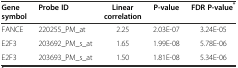
<table><thead><tr><td><b>Gene symbol</b></td><td><b>Probe ID</b></td><td><b>Linear correlation</b></td><td><b>P-value</b></td><td><b>FDR P-value<sup>*</sup></b></td></tr></thead><tbody><tr><td>FANCE</td><td>220255_PM_at</td><td>2.25</td><td>2.03E-07</td><td>3.24E-05</td></tr><tr><td>E2F3</td><td>203692_PM_s_at</td><td>1.65</td><td>1.99E-08</td><td>5.78E-06</td></tr><tr><td>E2F3</td><td>203693_PM_s_at</td><td>1.50</td><td>1.81E-08</td><td>5.34E-06</td></tr></tbody></table>